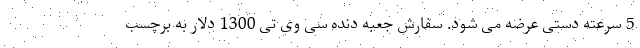
5 سرعته دستی عرضه می شود. سفارش جعبه دنده سی وی تی 1300 دلار به برچسب